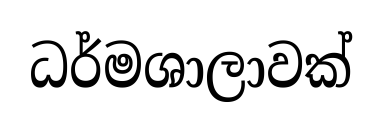
ධර්මශාලාවක්